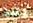
بعد